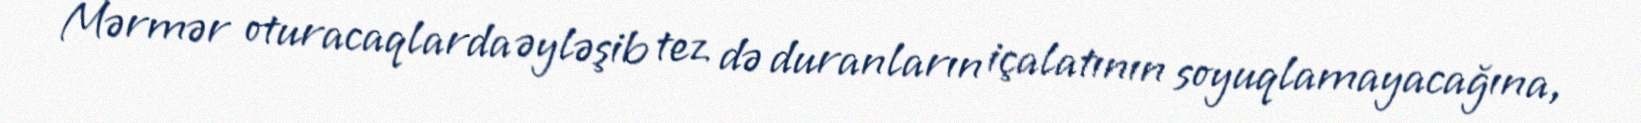
Mərmər oturacaqlarda əyləşib tez də duranların içalatının soyuqlamayacağına,